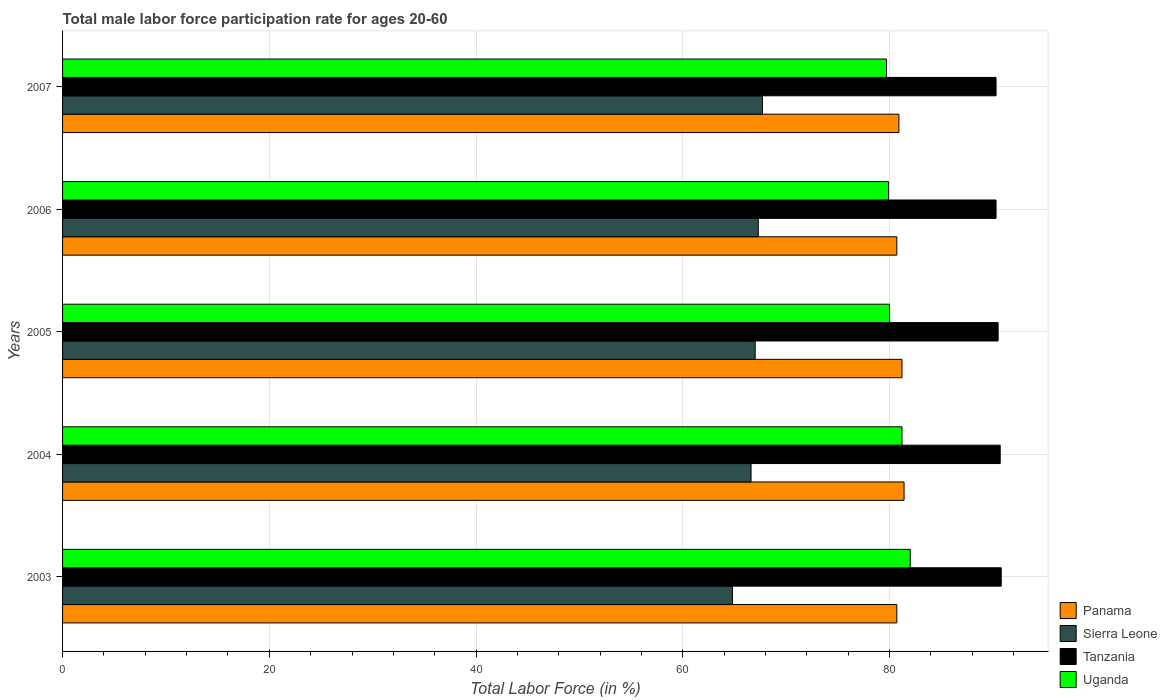
| Years | Panama | Sierra Leone | Tanzania | Uganda |
 | --- | --- | --- | --- | --- |
 | 2003 | 80.7 | 64.8 | 90.8 | 82 |
 | 2004 | 81.4 | 66.6 | 90.7 | 81.2 |
 | 2005 | 81.2 | 67 | 90.5 | 80 |
 | 2006 | 80.7 | 67.3 | 90.3 | 79.9 |
 | 2007 | 80.9 | 67.7 | 90.3 | 79.7 |